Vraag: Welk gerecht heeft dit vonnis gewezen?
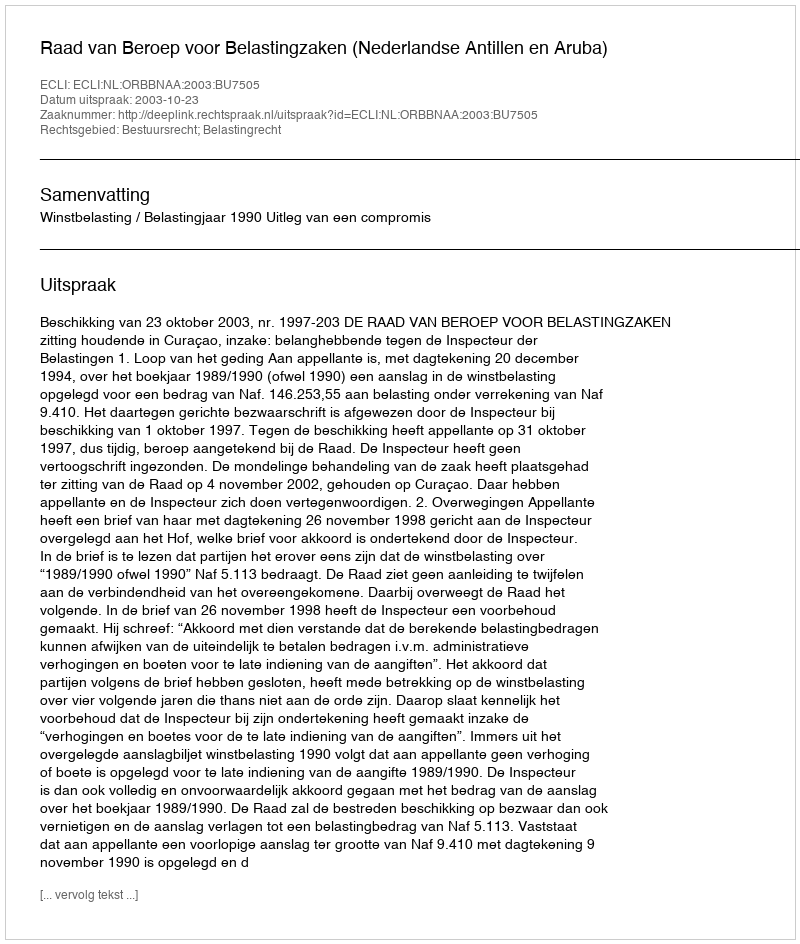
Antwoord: Raad van Beroep voor Belastingzaken (Nederlandse Antillen en Aruba)